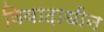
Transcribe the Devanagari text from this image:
विवादाधीन